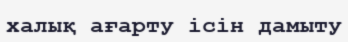
халық ағарту ісін дамыту